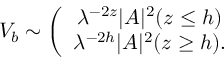
V _ { b } \sim \left( \begin{array} { c } { { \lambda ^ { - 2 z } | A | ^ { 2 } ( z \leq h ) } } \\ { { \lambda ^ { - 2 h } | A | ^ { 2 } ( z \geq h ) . } } \end{array} \right.